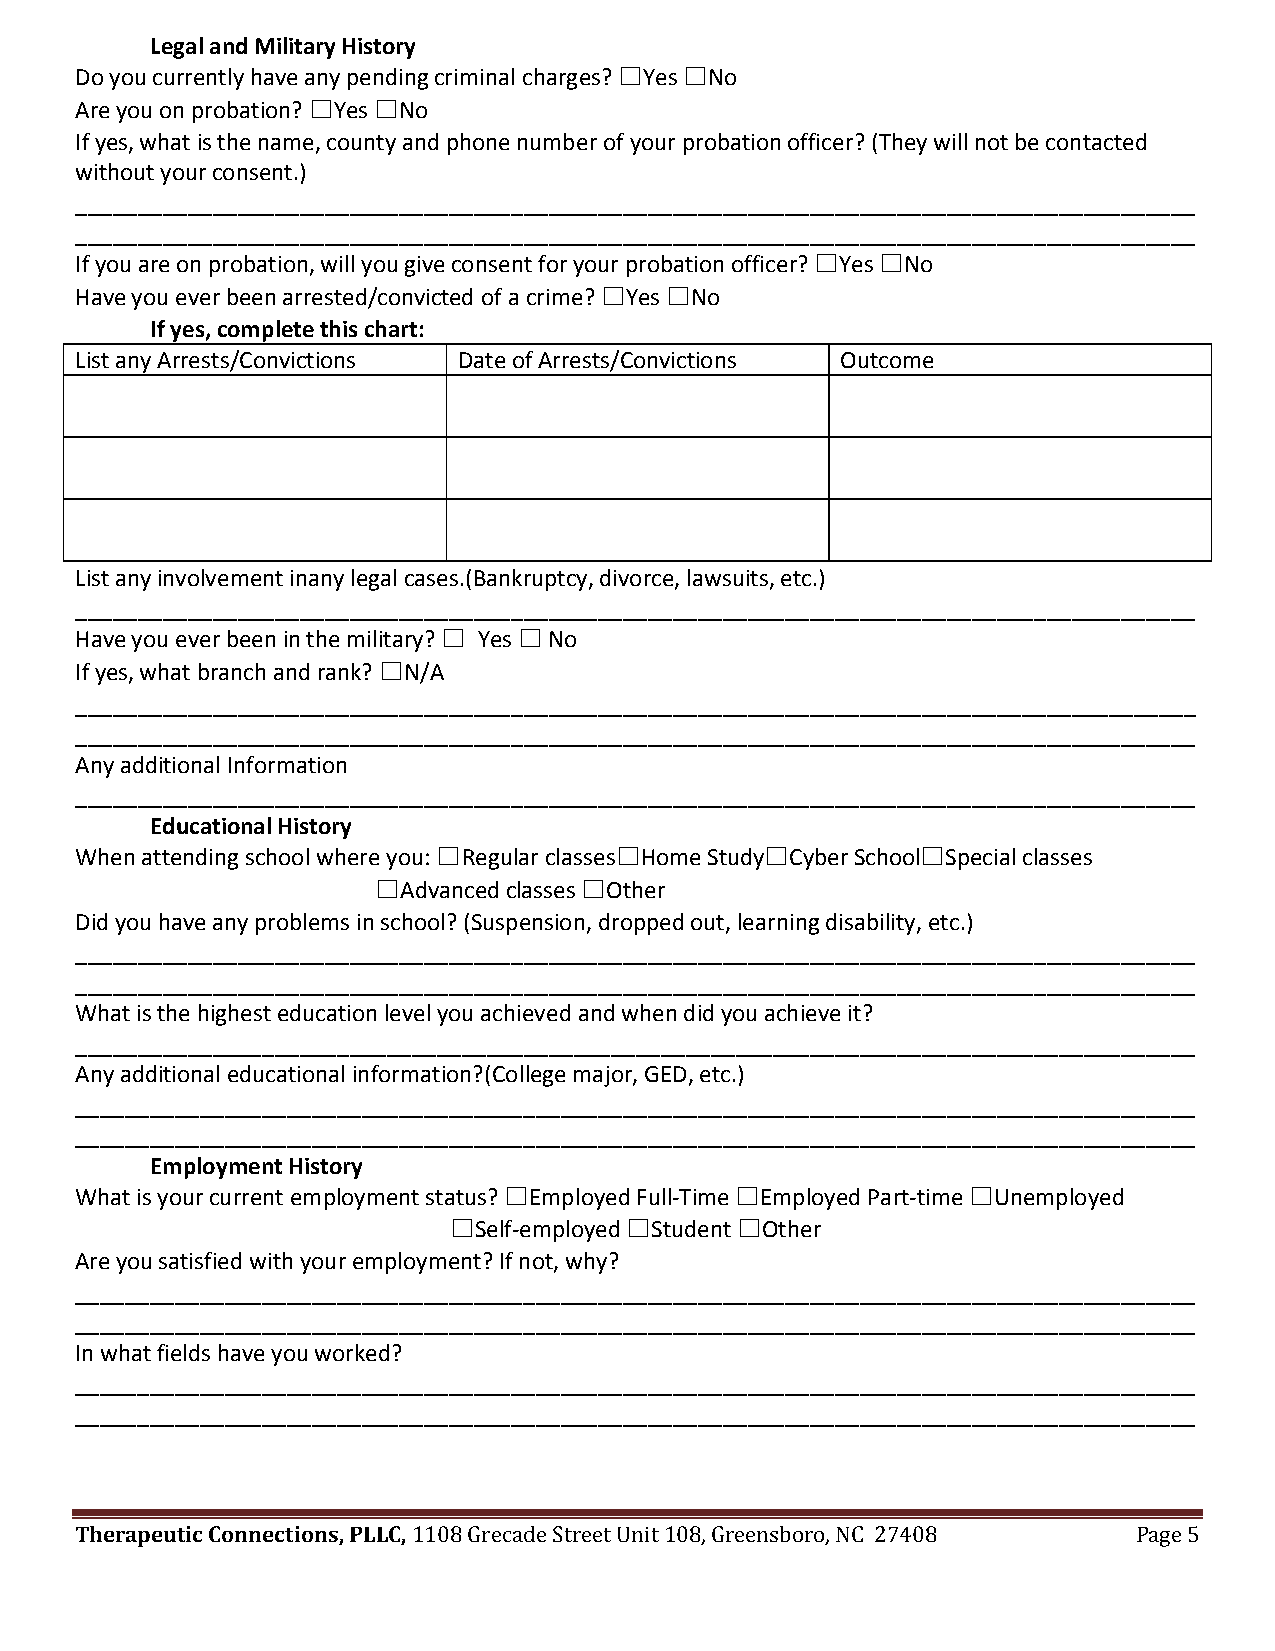
Legal and Military History
 Do you currently have any pending criminal charges? ☐Yes ☐No
 Are you on probation? ☐Yes ☐No
 If yes, what is the name, county and phone number of your probation officer? (They will not be contacted
 without your consent.)
 __________________________________________________________________________________________
 __________________________________________________________________________________________
 If you are on probation, will you give consent for your probation officer? ☐Yes ☐No
 Have you ever been arrested/convicted of a crime? ☐Yes ☐No
 If yes, complete this chart:
 List any Arrests/Convictions Date of Arrests/Convictions Outcome
 List any involvement inany legal cases.(Bankruptcy, divorce, lawsuits, etc.)
 __________________________________________________________________________________________
 Have you ever been in the military? ☐ Yes ☐ No
 If yes, what branch and rank? ☐N/A
 __________________________________________________________________________________________
 __________________________________________________________________________________________
 Any additional Information
 __________________________________________________________________________________________
 Educational History
 When attending school where you: ☐Regular classes☐Home Study☐Cyber School☐Special classes
 ☐Advanced classes ☐Other
 Did you have any problems in school? (Suspension, dropped out, learning disability, etc.)
 __________________________________________________________________________________________
 __________________________________________________________________________________________
 What is the highest education level you achieved and when did you achieve it?
 __________________________________________________________________________________________
 Any additional educational information?(College major, GED, etc.)
 __________________________________________________________________________________________
 __________________________________________________________________________________________
 Employment History
 What is your current employment status? ☐Employed Full-Time ☐Employed Part-time ☐Unemployed
 ☐Self-employed ☐Student ☐Other
 Are you satisfied with your employment? If not, why?
 __________________________________________________________________________________________
 __________________________________________________________________________________________
 In what fields have you worked?
 __________________________________________________________________________________________
 __________________________________________________________________________________________
 Therapeutic Connections, PLLC,
 1108 Grecade Street Unit 108, Greensboro, NC 27408 Page 5